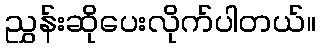
ညွှန်းဆိုပေးလိုက်ပါတယ်။